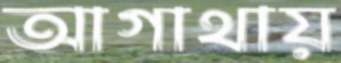
আগাথায়